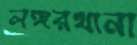
লঙ্গরখানা